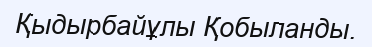
Қыдырбайұлы Қобыланды.